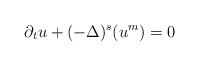
\begin{align*}\partial_t u +(-\Delta)^{s}(u^m)=0\end{align*}